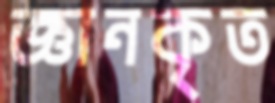
জ্ঞানকৃত